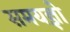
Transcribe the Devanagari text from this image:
समयज्ञो